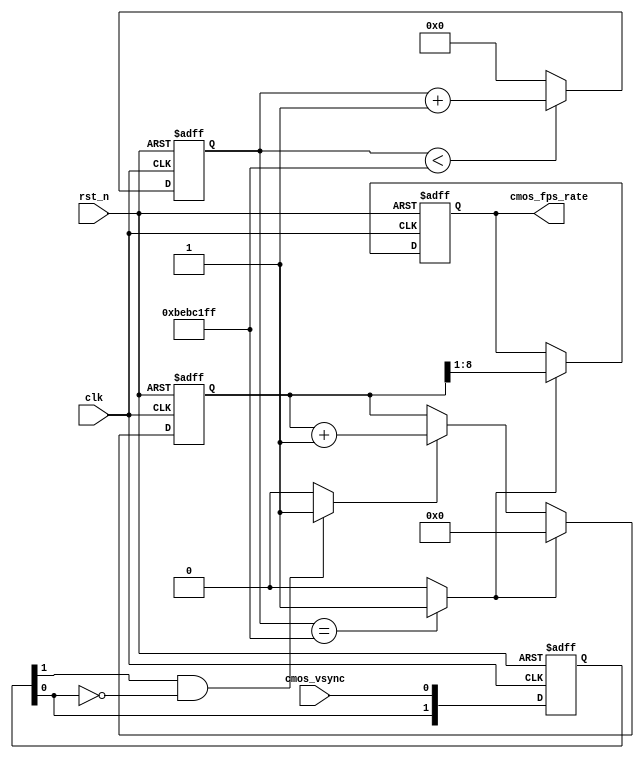
/*-------------------------------------------------------------------------
CONFIDENTIAL IN CONFIDENCE
This confidential and proprietary software may be only used as authorized
by a licensing agreement from CrazyBingo (Thereturnofbingo).
In the event of publication, the following notice is applicable:
Copyright (C) 2011-201x CrazyBingo Corporation
The entire notice above must be reproduced on all authorized copies.
Author				:		CrazyBingo
Technology blogs 	: 		www.crazyfpga.com
Eamil Address 		: 		crazyfpga@qq.com
Filename			:		sensor_frame_count.v
Date				:		2019-06-01
Version				:		1.0
Description			:		Detect the frame rate of sensor
Modification History	:
Date			By			Version		Change Description
===========================================================================
19/06/01		CrazyBingo	1.0			Original
--------------------------------------------------------------------------*/
`timescale 1ns/1ns
module  sensor_frame_count
#(
	parameter			CLOCK_MAIN  =	100_000000														
)
(
	//global clock
	input				clk,			    //System Main clock
	input				rst_n,				//global reset
    
    //sensor frame signal
    input               cmos_vsync,
    
    //sensor frame count
    output  reg [7:0]   cmos_fps_rate
);

//-----------------------------------------------------
//Sensor HS & VS Vaild Capture
/**************************************************					       
         _________________________________
VS______|                                 |________
	            _______	 	     _______
HS_____________|       |__...___|       |____________
**************************************************/
//-------------------------------------------------------------
//sync the frame vsync and href signal and generate frame begin & end signal
reg	[1:0]	cmos_vsync_r;
always@(posedge clk or negedge rst_n)
begin
	if(!rst_n)
		cmos_vsync_r <= 0;
	else
		cmos_vsync_r <= {cmos_vsync_r[0], cmos_vsync};
end
//wire	cmos_vsync_begin 	= 	(~cmos_vsync_r[1] & cmos_vsync_r[0]) ? 1'b1 : 1'b0;	
wire	cmos_vsync_end 		= 	(cmos_vsync_r[1] & ~cmos_vsync_r[0]) ? 1'b1 : 1'b0;	


//----------------------------------------------------------------------------------------------------------
//----------------------------------------------------------------------------------------------------------
//Delay 2s for cmos fps counter
localparam	DELAY_TOP = 2 * CLOCK_MAIN;	//2s delay
reg	[27:0]	delay_cnt;
always@(posedge clk or negedge rst_n)
begin
	if(!rst_n)
		delay_cnt <= 0;
	else if(delay_cnt < DELAY_TOP - 1'b1)
		delay_cnt <= delay_cnt + 1'b1;
	else
		delay_cnt <= 0;
end
wire	delay_2s = (delay_cnt == DELAY_TOP - 1'b1) ? 1'b1 : 1'b0;

//-------------------------------------
//cmos image output rate counter
reg	[8:0]	cmos_fps_cnt;
always@(posedge clk or negedge rst_n)
begin
	if(!rst_n)
		begin
		cmos_fps_cnt <= 0;
		cmos_fps_rate <= 0;
		end
	else if(delay_2s == 1'b0)	//time is not reached
		begin
		cmos_fps_cnt <= cmos_vsync_end ? cmos_fps_cnt + 1'b1 : cmos_fps_cnt;
		cmos_fps_rate <= cmos_fps_rate;
		end
	else	//time up
		begin
		cmos_fps_cnt <= 0;
		cmos_fps_rate <= cmos_fps_cnt[8:1];	//divide by 2
		end
end

endmodule